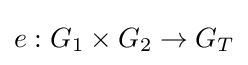
e:G_{1}\times G_{2}\rightarrow G_{T}